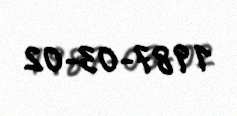
1987-03-02